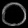
Digit: ၀